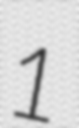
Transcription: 1